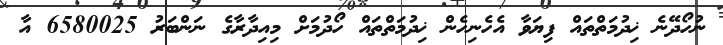
ނުހޯދޭނެ ޚިދުމަތްތައް ފިޔަވާ އެހެނިހެން ޚިދުމަތްތައް ހޯދުމަށް މިއިދާރާގެ ނަންބަރު 6580025 އާ